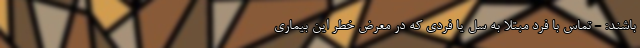
باشند: - تماس با فرد مبتلا به سل یا فردی که در معرض خطر این بیماری